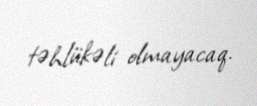
təhlükəli olmayacaq.